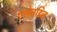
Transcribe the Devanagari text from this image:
एलेनडिल